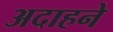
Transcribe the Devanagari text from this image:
अदाहने